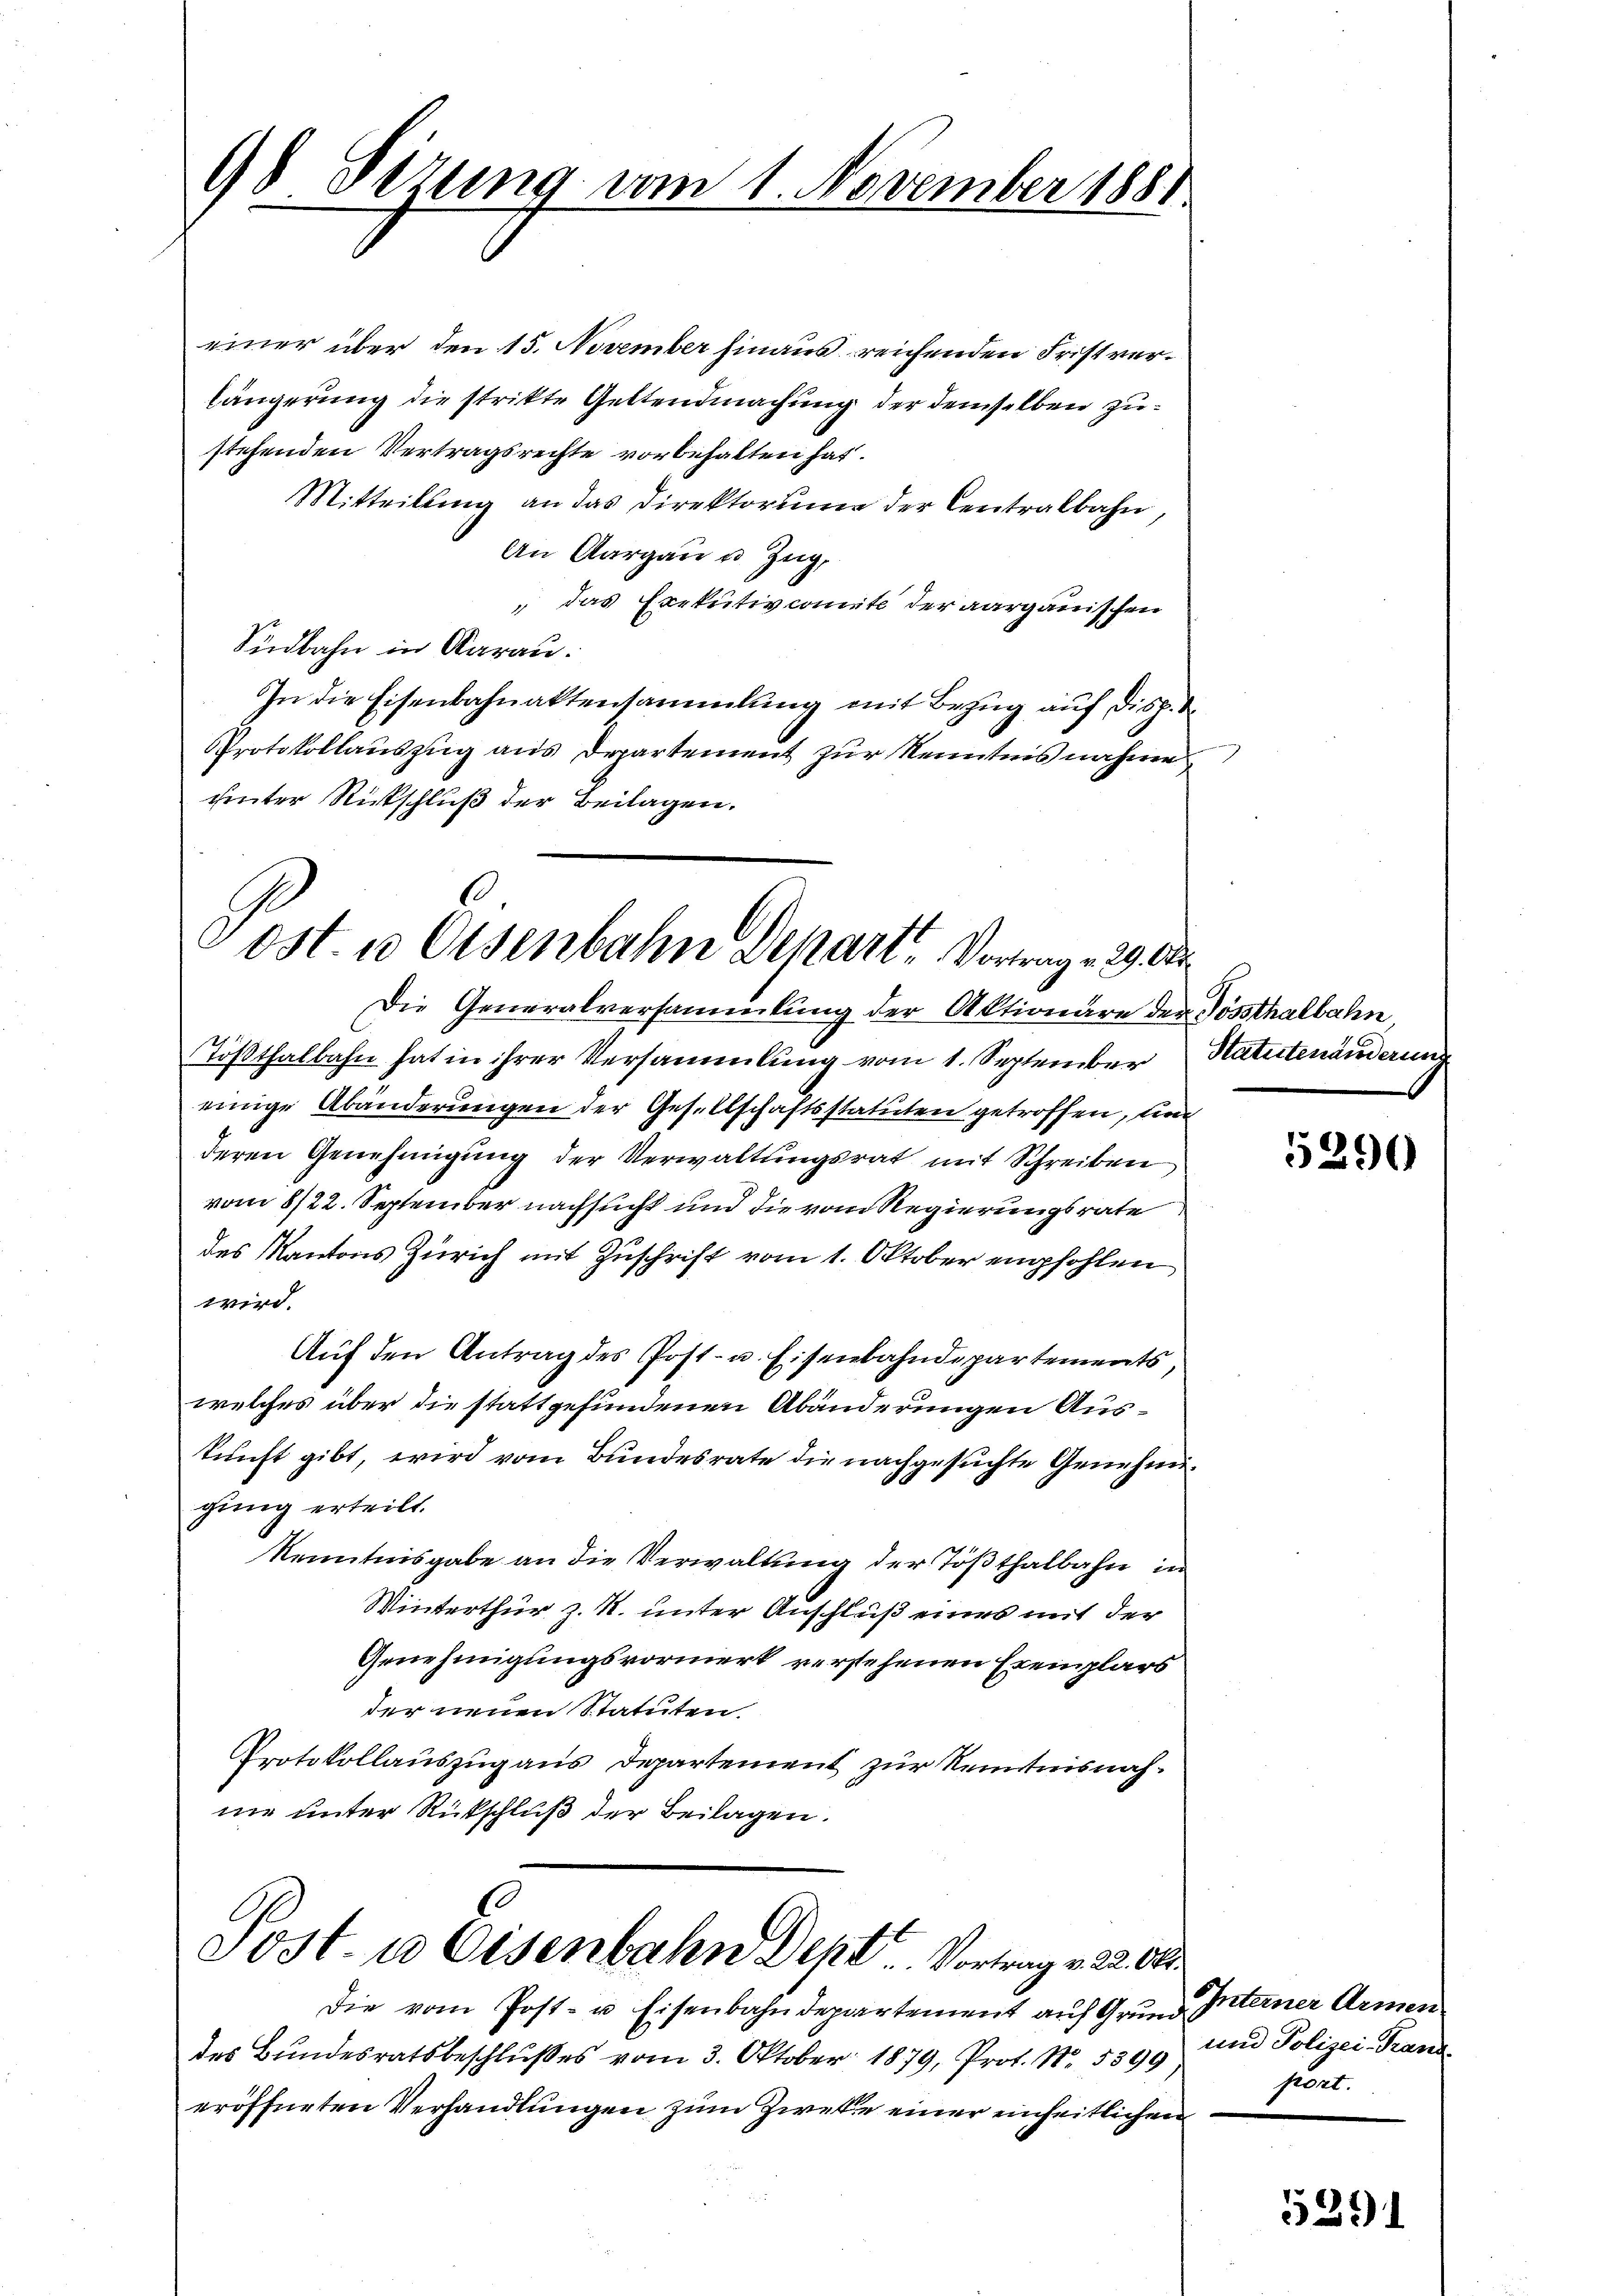
98 Dezung vom 1. November 1881

einer über den 15. November hinaus reichenden Fristverlängerung die strikte Geltendmachung der demselben zustehenden Vertragsrechte vorbehalten hat.
Mitteilung an das Direktorum der Centralbahn,
An Aargau u. Zug,
 das Exekutivcomite der aargauischen
Südbahn in Aarau
In die Eisenbahnaktensammlung mit Bezug auf Disp. S
Protokollauszug aus Departement zur Kenntnis nahme
chinter Rückschluß der Beilagen.

2
Post. u Osenbahn Depart Vortrag 29. Ap

Die Generalversammlung der Aktionäre der Gössthalbahn
Tößthalbahn hat in ihrer Versammlung vom 1. September
einige Abänderungen der Gesellschaftsstatuten getroffen, und
deren Genehmigung der Verwaltungsrat mit Schreiben
vom 8/22. September nachsucht und die vom Regierungsrate
des Kantons Zürich mit Zuschrift vom 1. Oktober empfohlen
wird.
Auf den Antrag des Post- u. Eisenbahndepartements,
welches über die stattgefundenen Abänderungen Auskunft gibt, wird vom Bundesrate die nachgesuchte Genehmigung erteilt.
Kenntnisgabe an die Verwaltung der Tößthalbahn in
Winterthur z. R. unter Anschluß eines mit der
Genehmigungsvormerk verstehenen Exemplars
der neuen Statuten
Protokollauszug aus Departement zur Kenntnisnahne unter Rückschluß der Beilagen.

Sost- u Eisenbahn Dept Vortrag v. 22. 841.

Die vom Post- u. Eisenbahndepartement aŭf Grŭnd Interner Armen
des Bundesratsbeschlußes vom 3. Oktober 1879, Prof. N. 5399
eröffneten Verhandlungen zum Zwecke einer einheitlichen

Statutenänderung

5290

und Polizei-Trand
siert.

5291